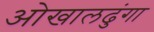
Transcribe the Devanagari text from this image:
ओखालढुंगा